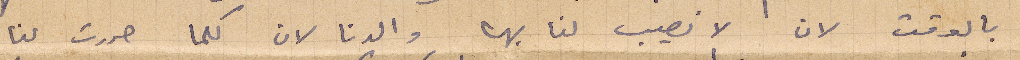
بالوقت لان لا نصيب لنا بها والدنا لان كلما حررت لنا